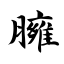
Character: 臃